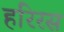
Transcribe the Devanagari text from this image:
हरिरस